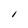
Character: I